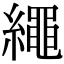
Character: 繩